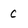
Character: C